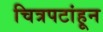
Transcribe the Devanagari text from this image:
चित्रपटांहून